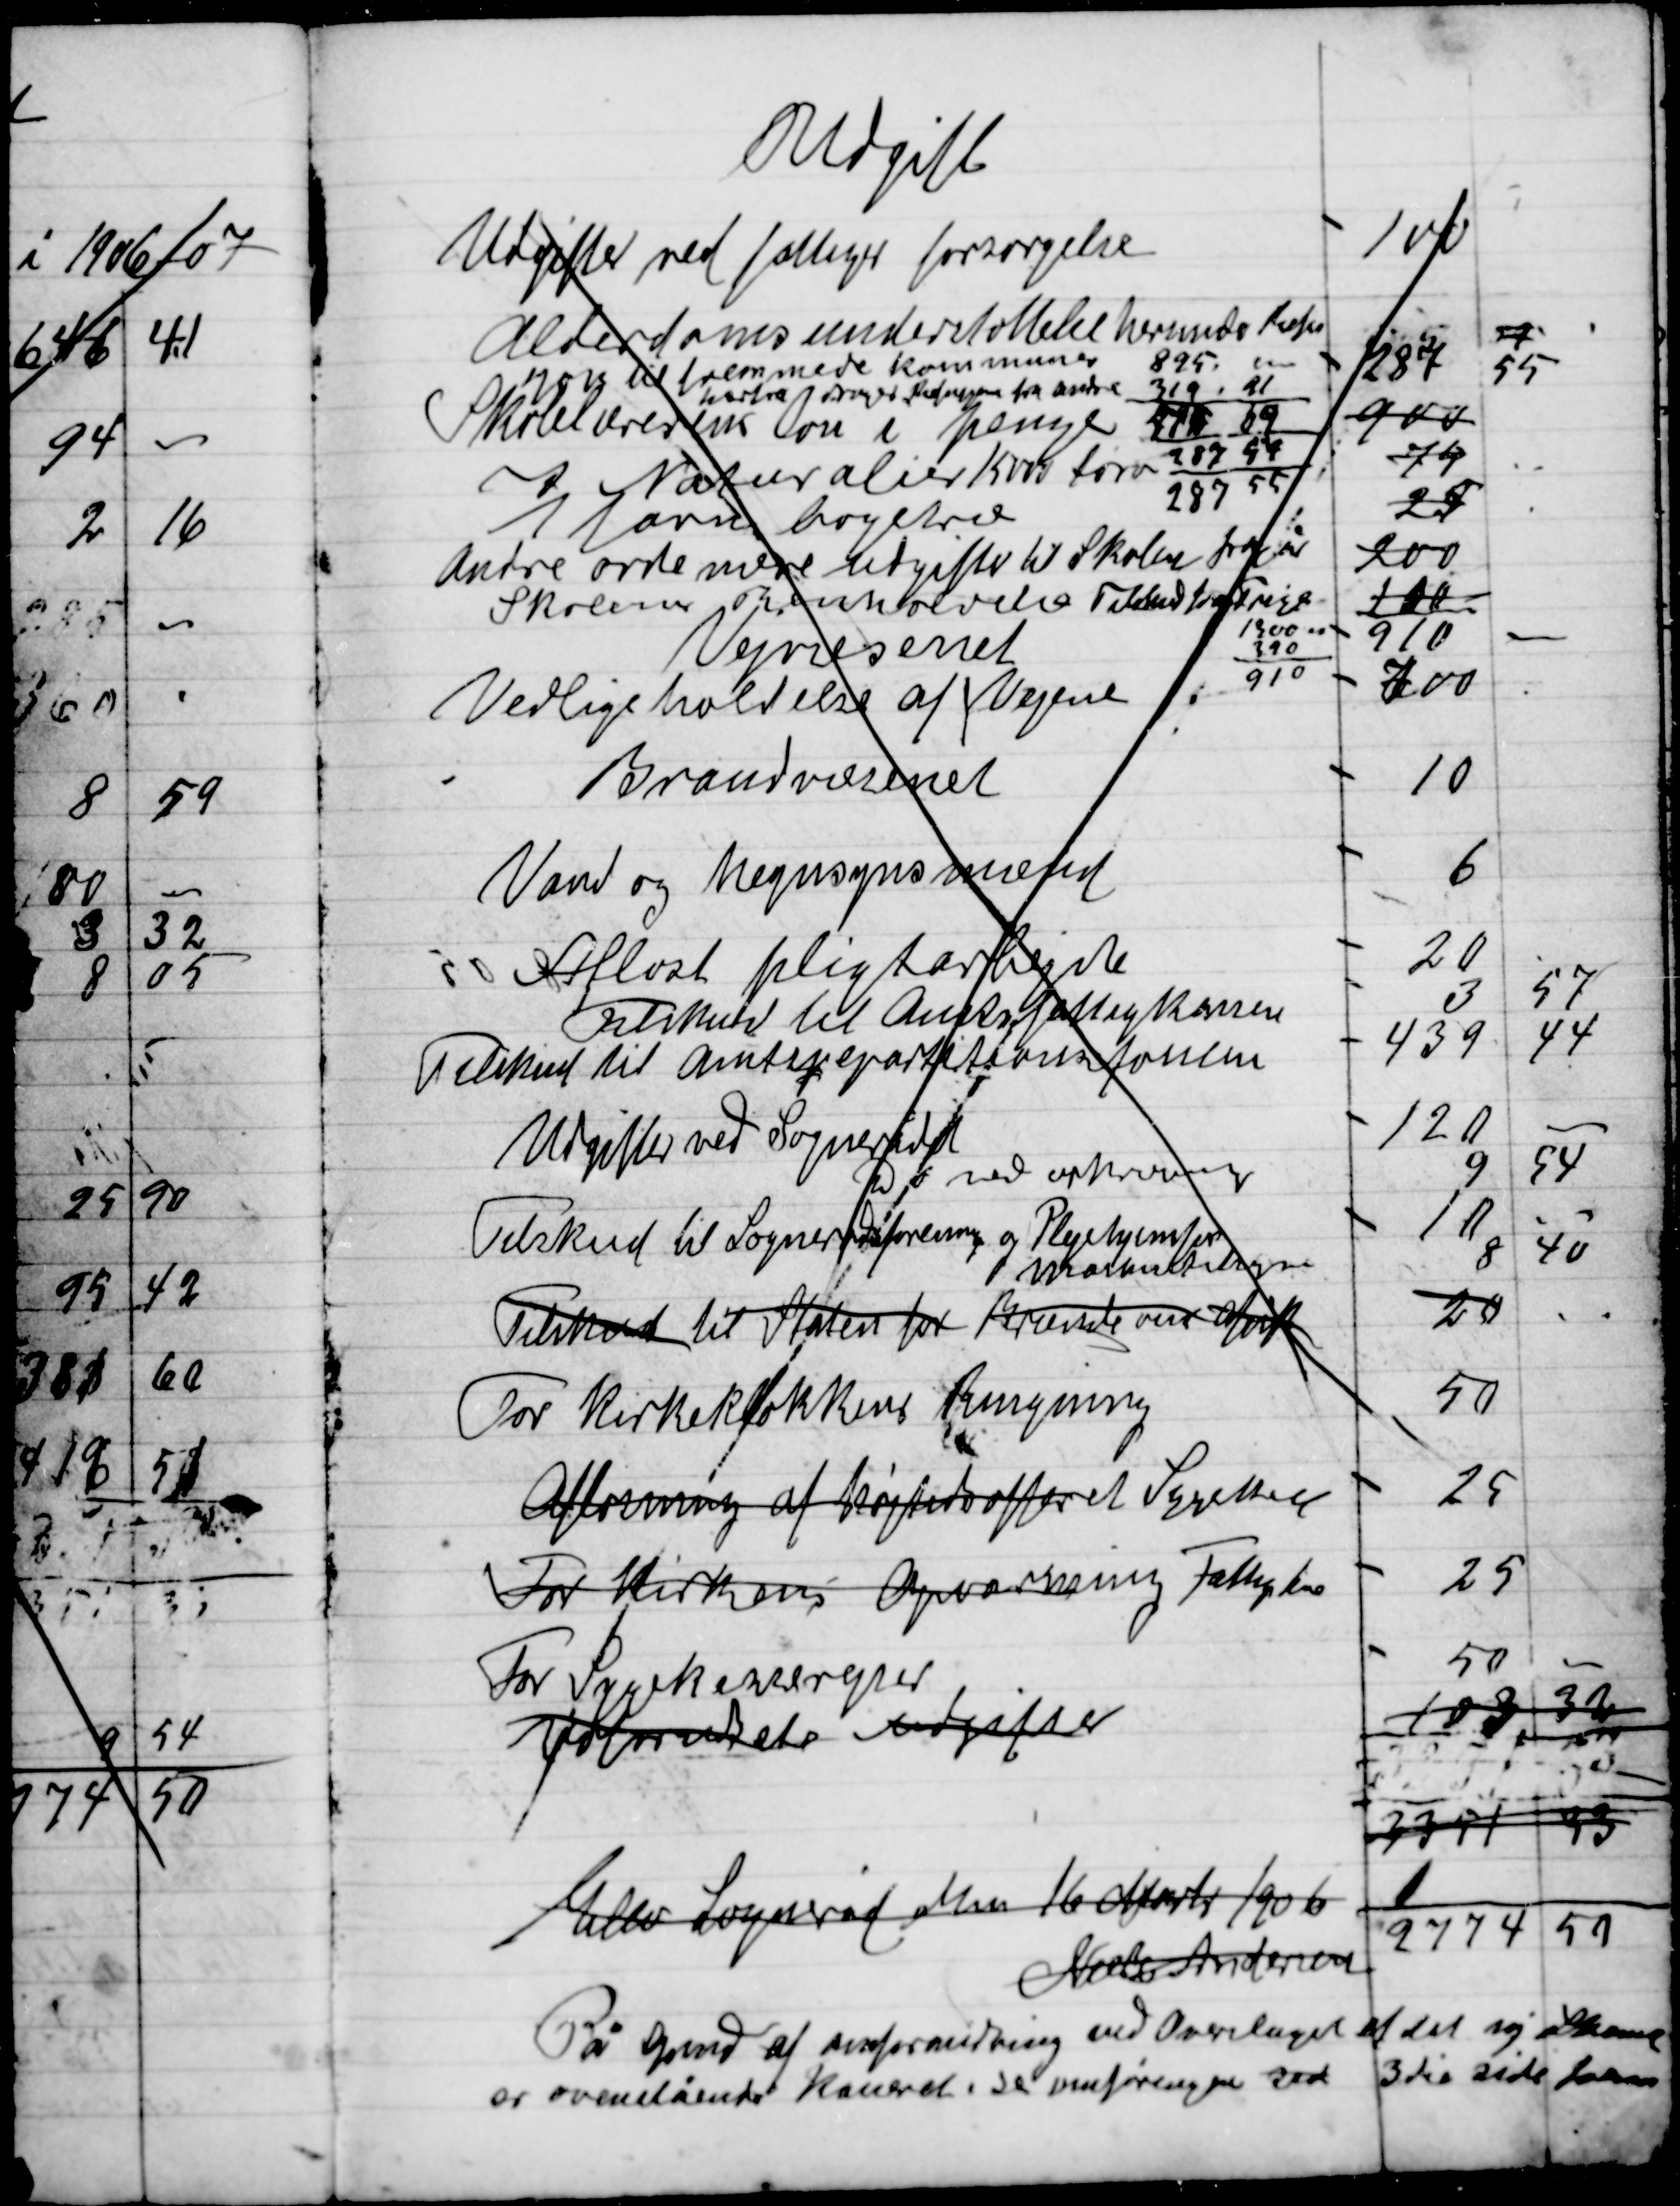
Transskription:
På grund af anfordring ved Overtaget af det 
Er ovenstående koneret i så venføringen ved 3die side foran